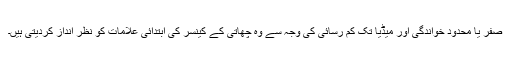
صفر یا محدود خواندگی اور میڈیا تک کم رسائی کی وجہ سے وہ چھاتی کے کینسر کی ابتدائی علامات کو نظر انداز کردیتی ہیں۔